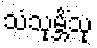
သံသုမ္ဘိံသု